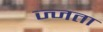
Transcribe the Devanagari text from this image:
ज्जता